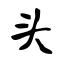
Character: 头